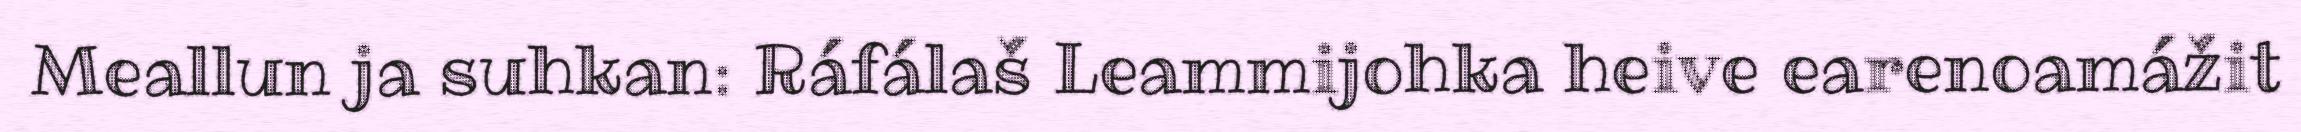
Meallun ja suhkan: Ráfálaš Leammijohka heive earenoamážit